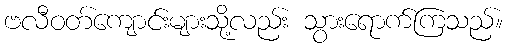
ဗလီဝတ်ကျောင်းများသို့လည်း သွားရောက်ကြသည်။